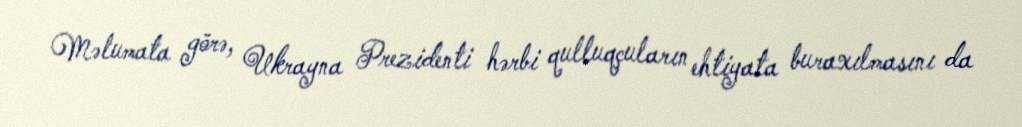
Məlumata görə, Ukrayna Prezidenti hərbi qulluqçuların ehtiyata buraxılmasını da